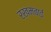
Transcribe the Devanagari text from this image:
रखमबाई